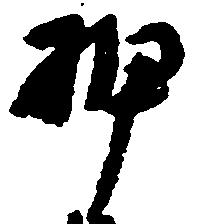
押